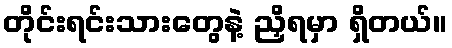
တိုင်းရင်းသားတွေနဲ့ ညှိရမှာ ရှိတယ်။